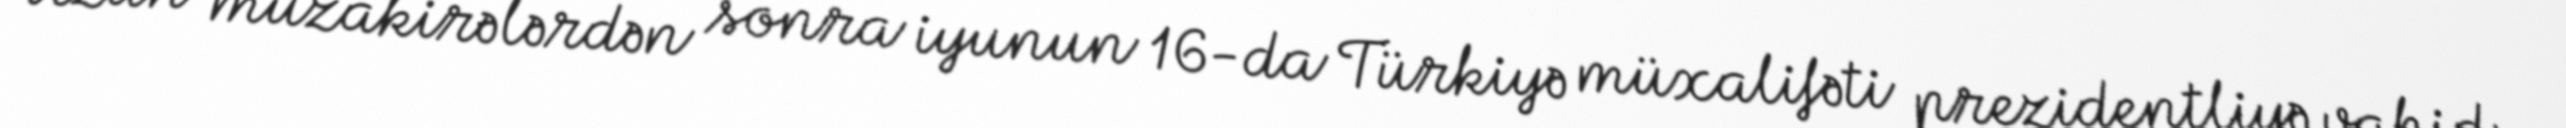
Uzun müzakirələrdən sonra iyunun 16-da Türkiyə müxalifəti prezidentliyə vahid